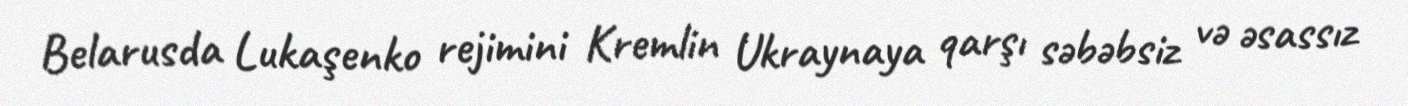
Belarusda Lukaşenko rejimini Kremlin Ukraynaya qarşı səbəbsiz və əsassız